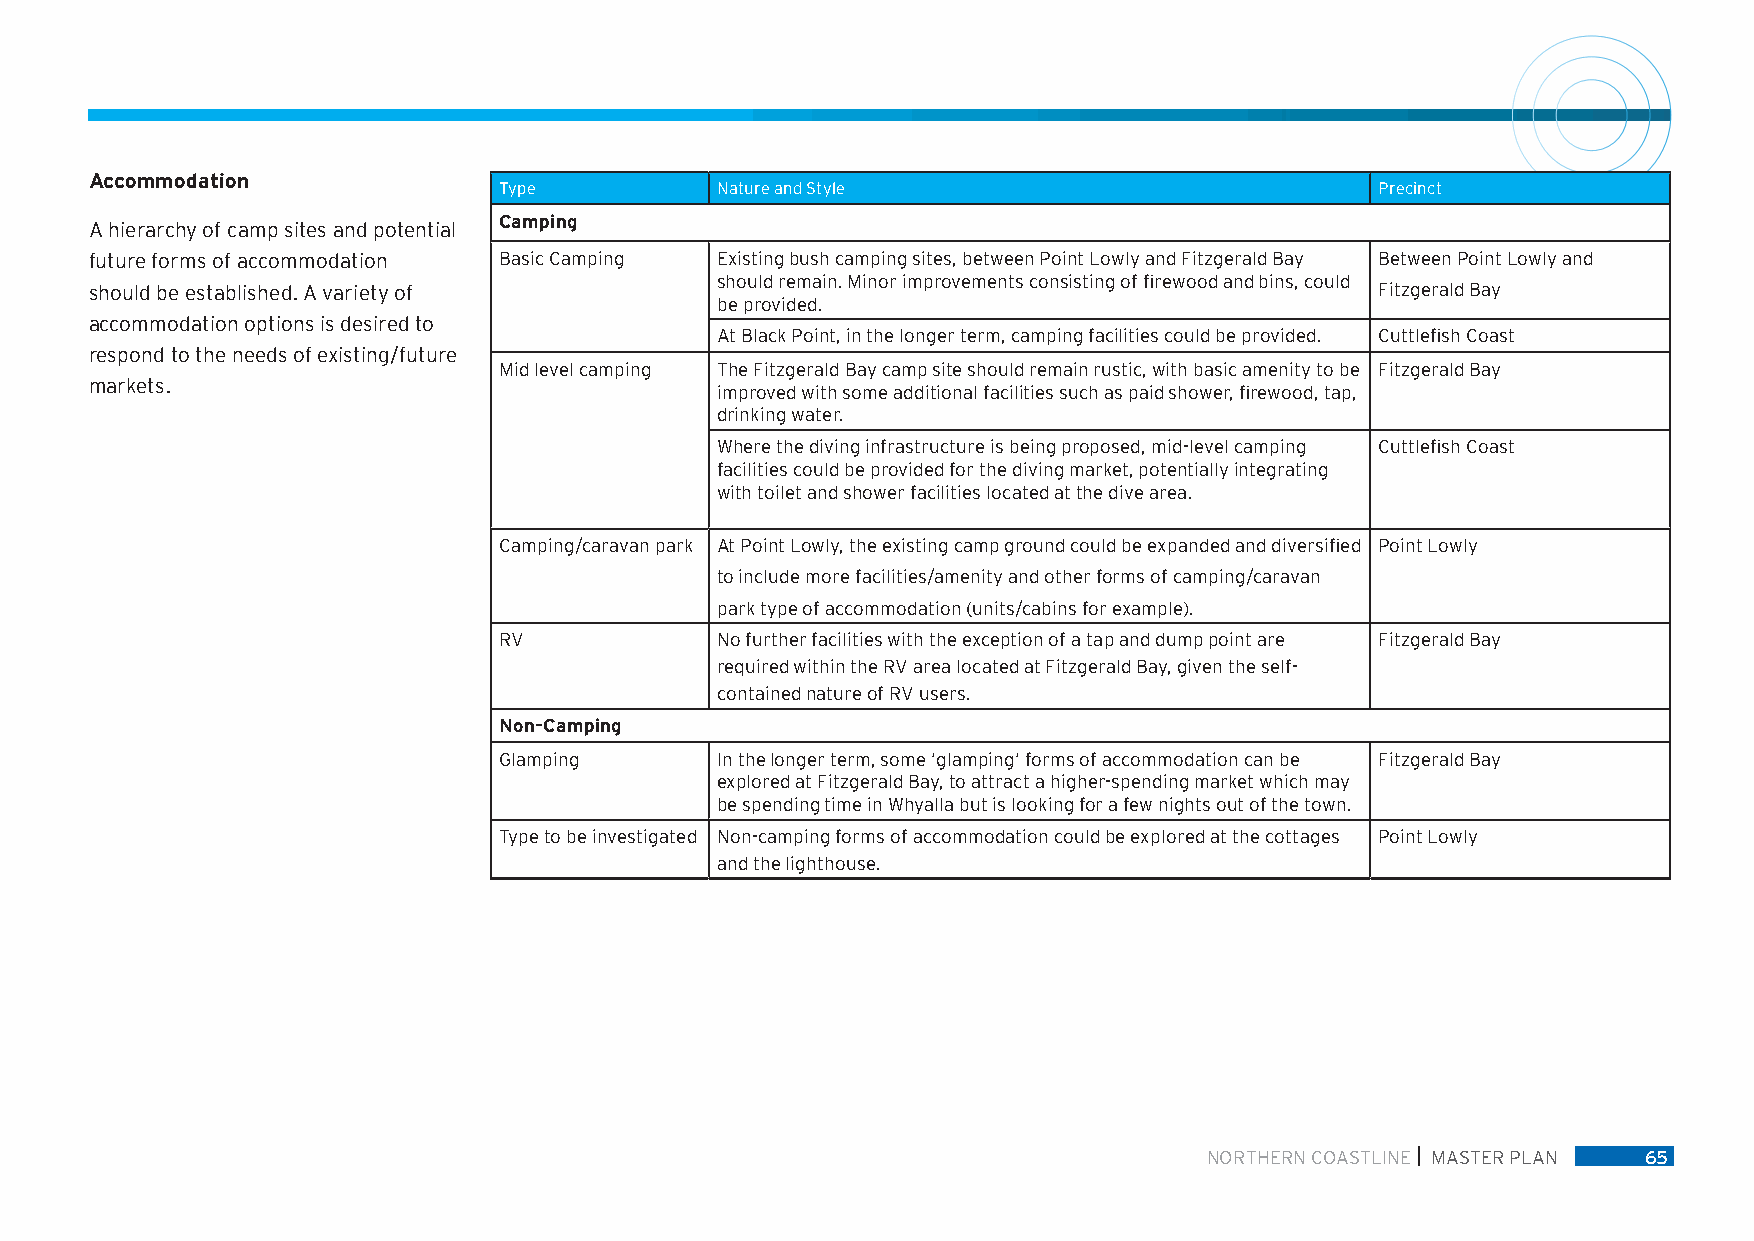
Accommodation
 Type          Nature and Style                            Precinct
 Camping
 A hierarchy of camp sites and potential
 future forms of accommodation Basic Camping Existing bush camping sites, between Point Lowly and Fitzgerald Bay Between Point Lowly and
 should remain. Minor improvements consisting of firewood and bins, could
 should be established. A variety of                                                  Fitzgerald Bay
 be provided.
 accommodation options is desired to
 At Black Point, in the longer term, camping facilities could be provided. Cuttlefish Coast
 respond to the needs of existing/future
 Mid level camping The Fitzgerald Bay camp site should remain rustic, with basic amenity to be Fitzgerald Bay
 markets.
 improved with some additional facilities such as paid shower, firewood, tap,
 drinking water.
 Where the diving infrastructure is being proposed, mid-level camping Cuttlefish Coast
 facilities could be provided for the diving market, potentially integrating
 with toilet and shower facilities located at the dive area.
 Camping/caravan park At Point Lowly, the existing camp ground could be expanded and diversified Point Lowly
 to include more facilities/amenity and other forms of camping/caravan
 park type of accommodation (units/cabins for example).
 RV            No further facilities with the exception of a tap and dump point are Fitzgerald Bay
 required within the RV area located at Fitzgerald Bay, given the self-
 contained nature of RV users.
 Non-Camping
 Glamping      In the longer term, some ‘glamping’ forms of accommodation can be Fitzgerald Bay
 explored at Fitzgerald Bay, to attract a higher-spending market which may
 be spending time in Whyalla but is looking for a few nights out of the town.
 Type to be investigated Non-camping forms of accommodation could be explored at the cottages Point Lowly
 and the lighthouse.
 NORTHERN COASTLINE MASTER PLAN 65